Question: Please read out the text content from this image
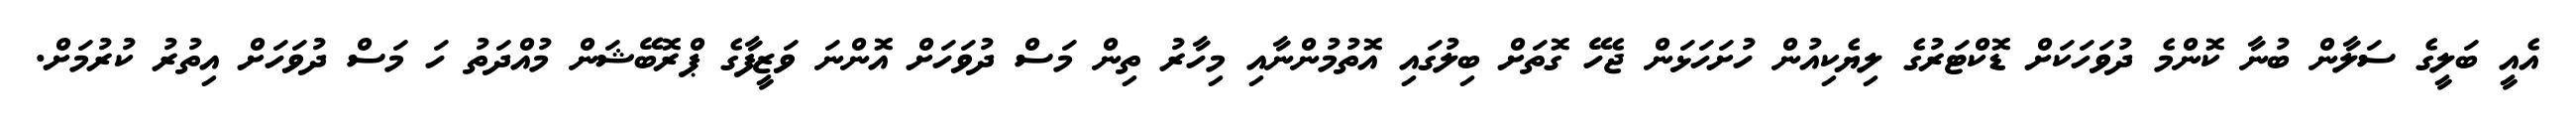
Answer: އެއީ ބަލީގެ ސަލާން ބުނާ ކޮންމެ ދުވަހަކަށް ޑޮކްޓަރުގެ ލިޔެކިއުން ހުށަހަޅަން ޖެހޭ ގޮތަށް ބިލުގައި އޮތުމުންނާއި މިހާރު ތިން މަސް ދުވަހަށް އޮންނަ ވަޒީފާގެ ޕްރޮބޭޝަން މުއްދަތު ހަ މަސް ދުވަހަށް އިތުރު ކުރުމަށް.